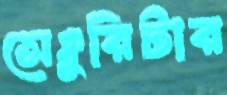
সেঞ্চুরিটার